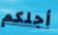
أجلكم